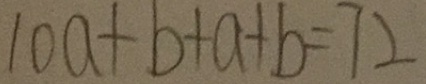
1 0 a + b + a + b = 7 2